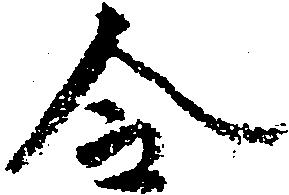
令